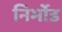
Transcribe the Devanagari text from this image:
निर्मोड